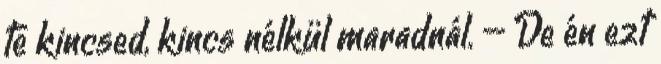
te kincsed, kincs nélkül maradnál. – De én ezt